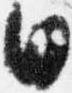
日